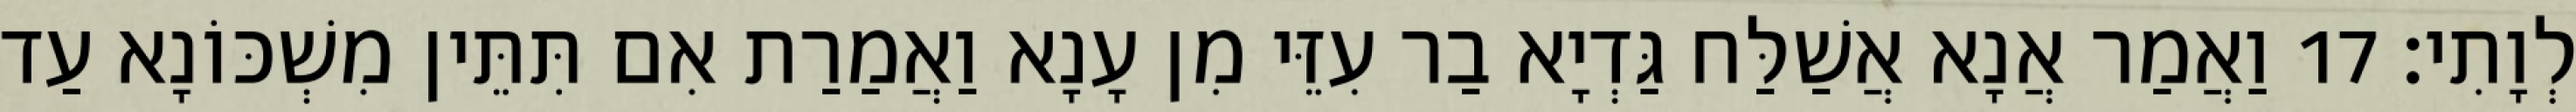
לְוָתִי׃ 17 וַאֲמַר אֲנָא אֲשַׁלַּח גַּדְיָא בַר עִזֵּי מִן עָנָא וַאֲמַרַת אִם תִּתֵּין מִשְׁכּוֹנָא עַד